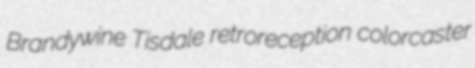
Brandywine Tisdale retroreception colorcaster